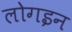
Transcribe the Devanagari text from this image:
लोगइन